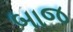
બાજ